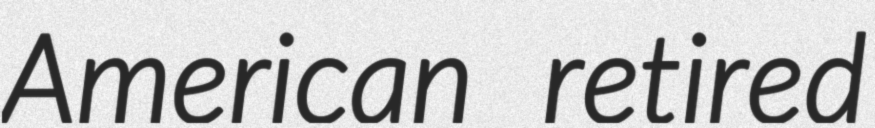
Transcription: American retired